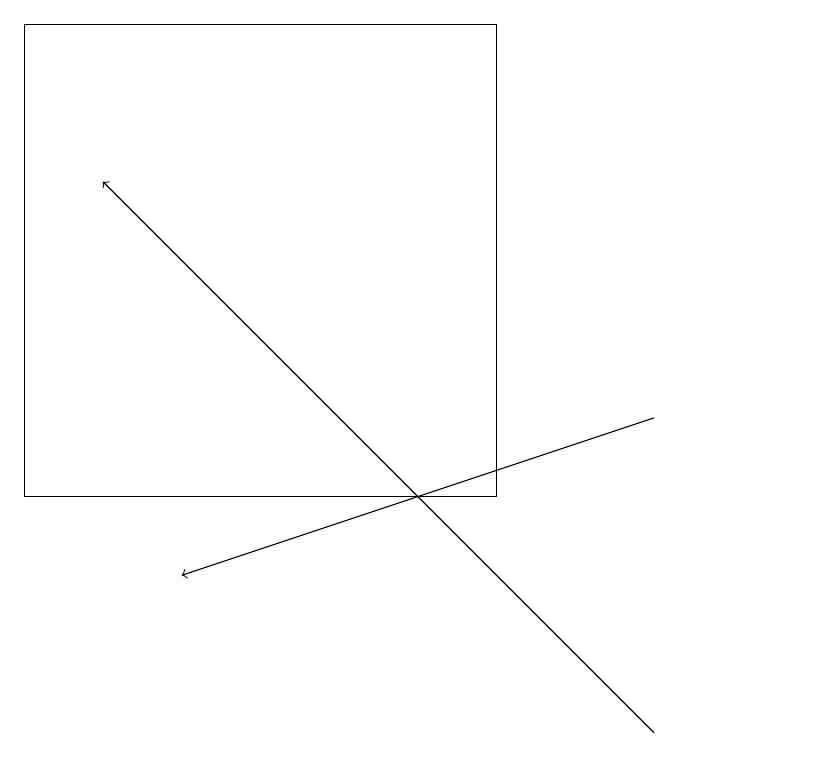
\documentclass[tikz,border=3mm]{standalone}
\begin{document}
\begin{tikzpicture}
\draw (10,10) circle (0);
\draw[->] (8,10) -- (1,17);
\draw (6,19) rectangle (0,13);
\draw[->] (8,14) -- (2,12);
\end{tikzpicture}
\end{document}